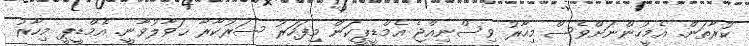
ކުރާތަން. އެމީހުންނަށްވެސް މިހާރު ވިސްނިއްޖެ އެމްޑީޕީކަން މިފަހަރު ސަރުކާރާ ޙަވާލުވާނީ. އެމްޑީޕީ މިހާރު